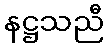
နဋ္ဌသညီ